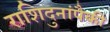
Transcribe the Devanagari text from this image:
राशिदुनांपैकी